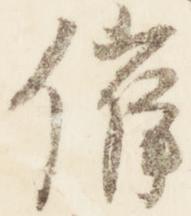
催